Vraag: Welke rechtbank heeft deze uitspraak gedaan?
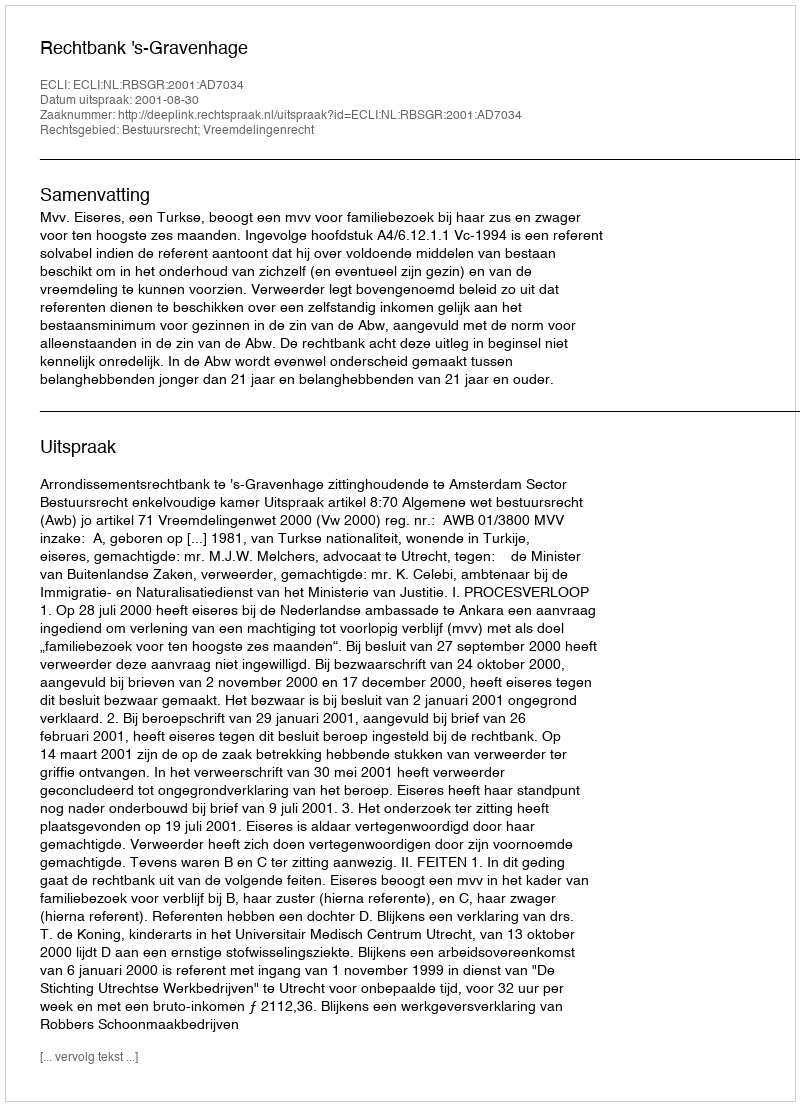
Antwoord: Rechtbank 's-Gravenhage